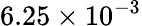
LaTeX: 6.25\times 10^{-3}